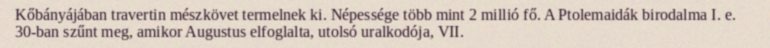
Kőbányájában travertin mészkövet termelnek ki. Népessége több mint 2 millió fő. A Ptolemaidák birodalma I. e. 30-ban szűnt meg, amikor Augustus elfoglalta, utolsó uralkodója, VII.